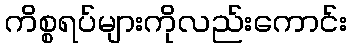
ကိစ္စရပ်များကိုလည်းကောင်း